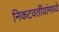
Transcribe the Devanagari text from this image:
निकटवर्तीयांमध्ये